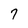
Character: 7